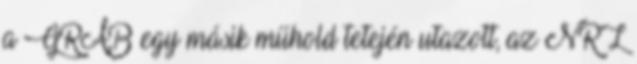
a GRAB egy másik műhold tetején utazott, az NRL